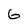
Character: 6